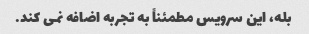
بله، این سرویس مطمئناً به تجربه اضافه نمی کند.